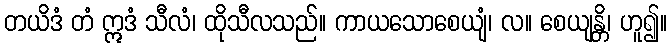
တယိဒံ တံ ဣဒံ သီလံ၊ ထိုသီလသည်။ ကာယသောစေယျံ၊ လ။ စေယျန္တိ၊ ဟူ၍။